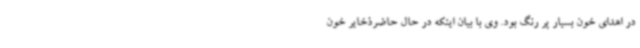
در اهدای خون بسیار پر رنگ بود. وی با بیان اینکه در حال حاضرذخایر خون